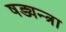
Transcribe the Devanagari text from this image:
षड्यन्त्रा